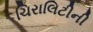
ચિરાલિટીની